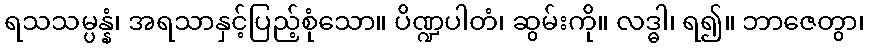
ရသသမ္ပန္နံ၊ အရသာနှင့်ပြည့်စုံသော။ ပိဏ္ဍပါတံ၊ ဆွမ်းကို။ လဒ္ဓါ၊ ရ၍။ ဘာဇေတွာ၊